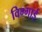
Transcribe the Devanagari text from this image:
विग्गाई